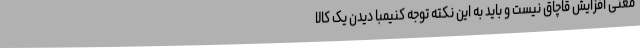
معنی افزایش قاچاق نیست و باید به این نکته توجه کنیمبا دیدن یک کالا